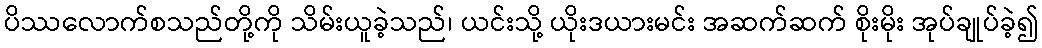
ပိဿလောက်စသည်တို့ကို သိမ်းယူခဲ့သည်၊ ယင်းသို့ ယိုးဒယားမင်း အဆက်ဆက် စိုးမိုး အုပ်ချုပ်ခဲ့၍